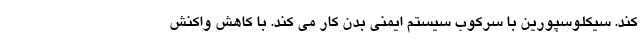
کند. سیکلوسپورین با سرکوب سیستم ایمنی بدن کار می کند. با کاهش واکنش